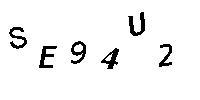
SE94U2